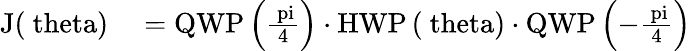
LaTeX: \begin{array}{rl}{\mathrm{J(\ theta)}}&{{}=\mathrm{QWP\left(\frac{\ pi}{4}\right)}\cdot\mathrm{HWP\left(\ theta\right)}\cdot\mathrm{QWP\left(-\frac{\ pi}{4}\right)}}\end{array}